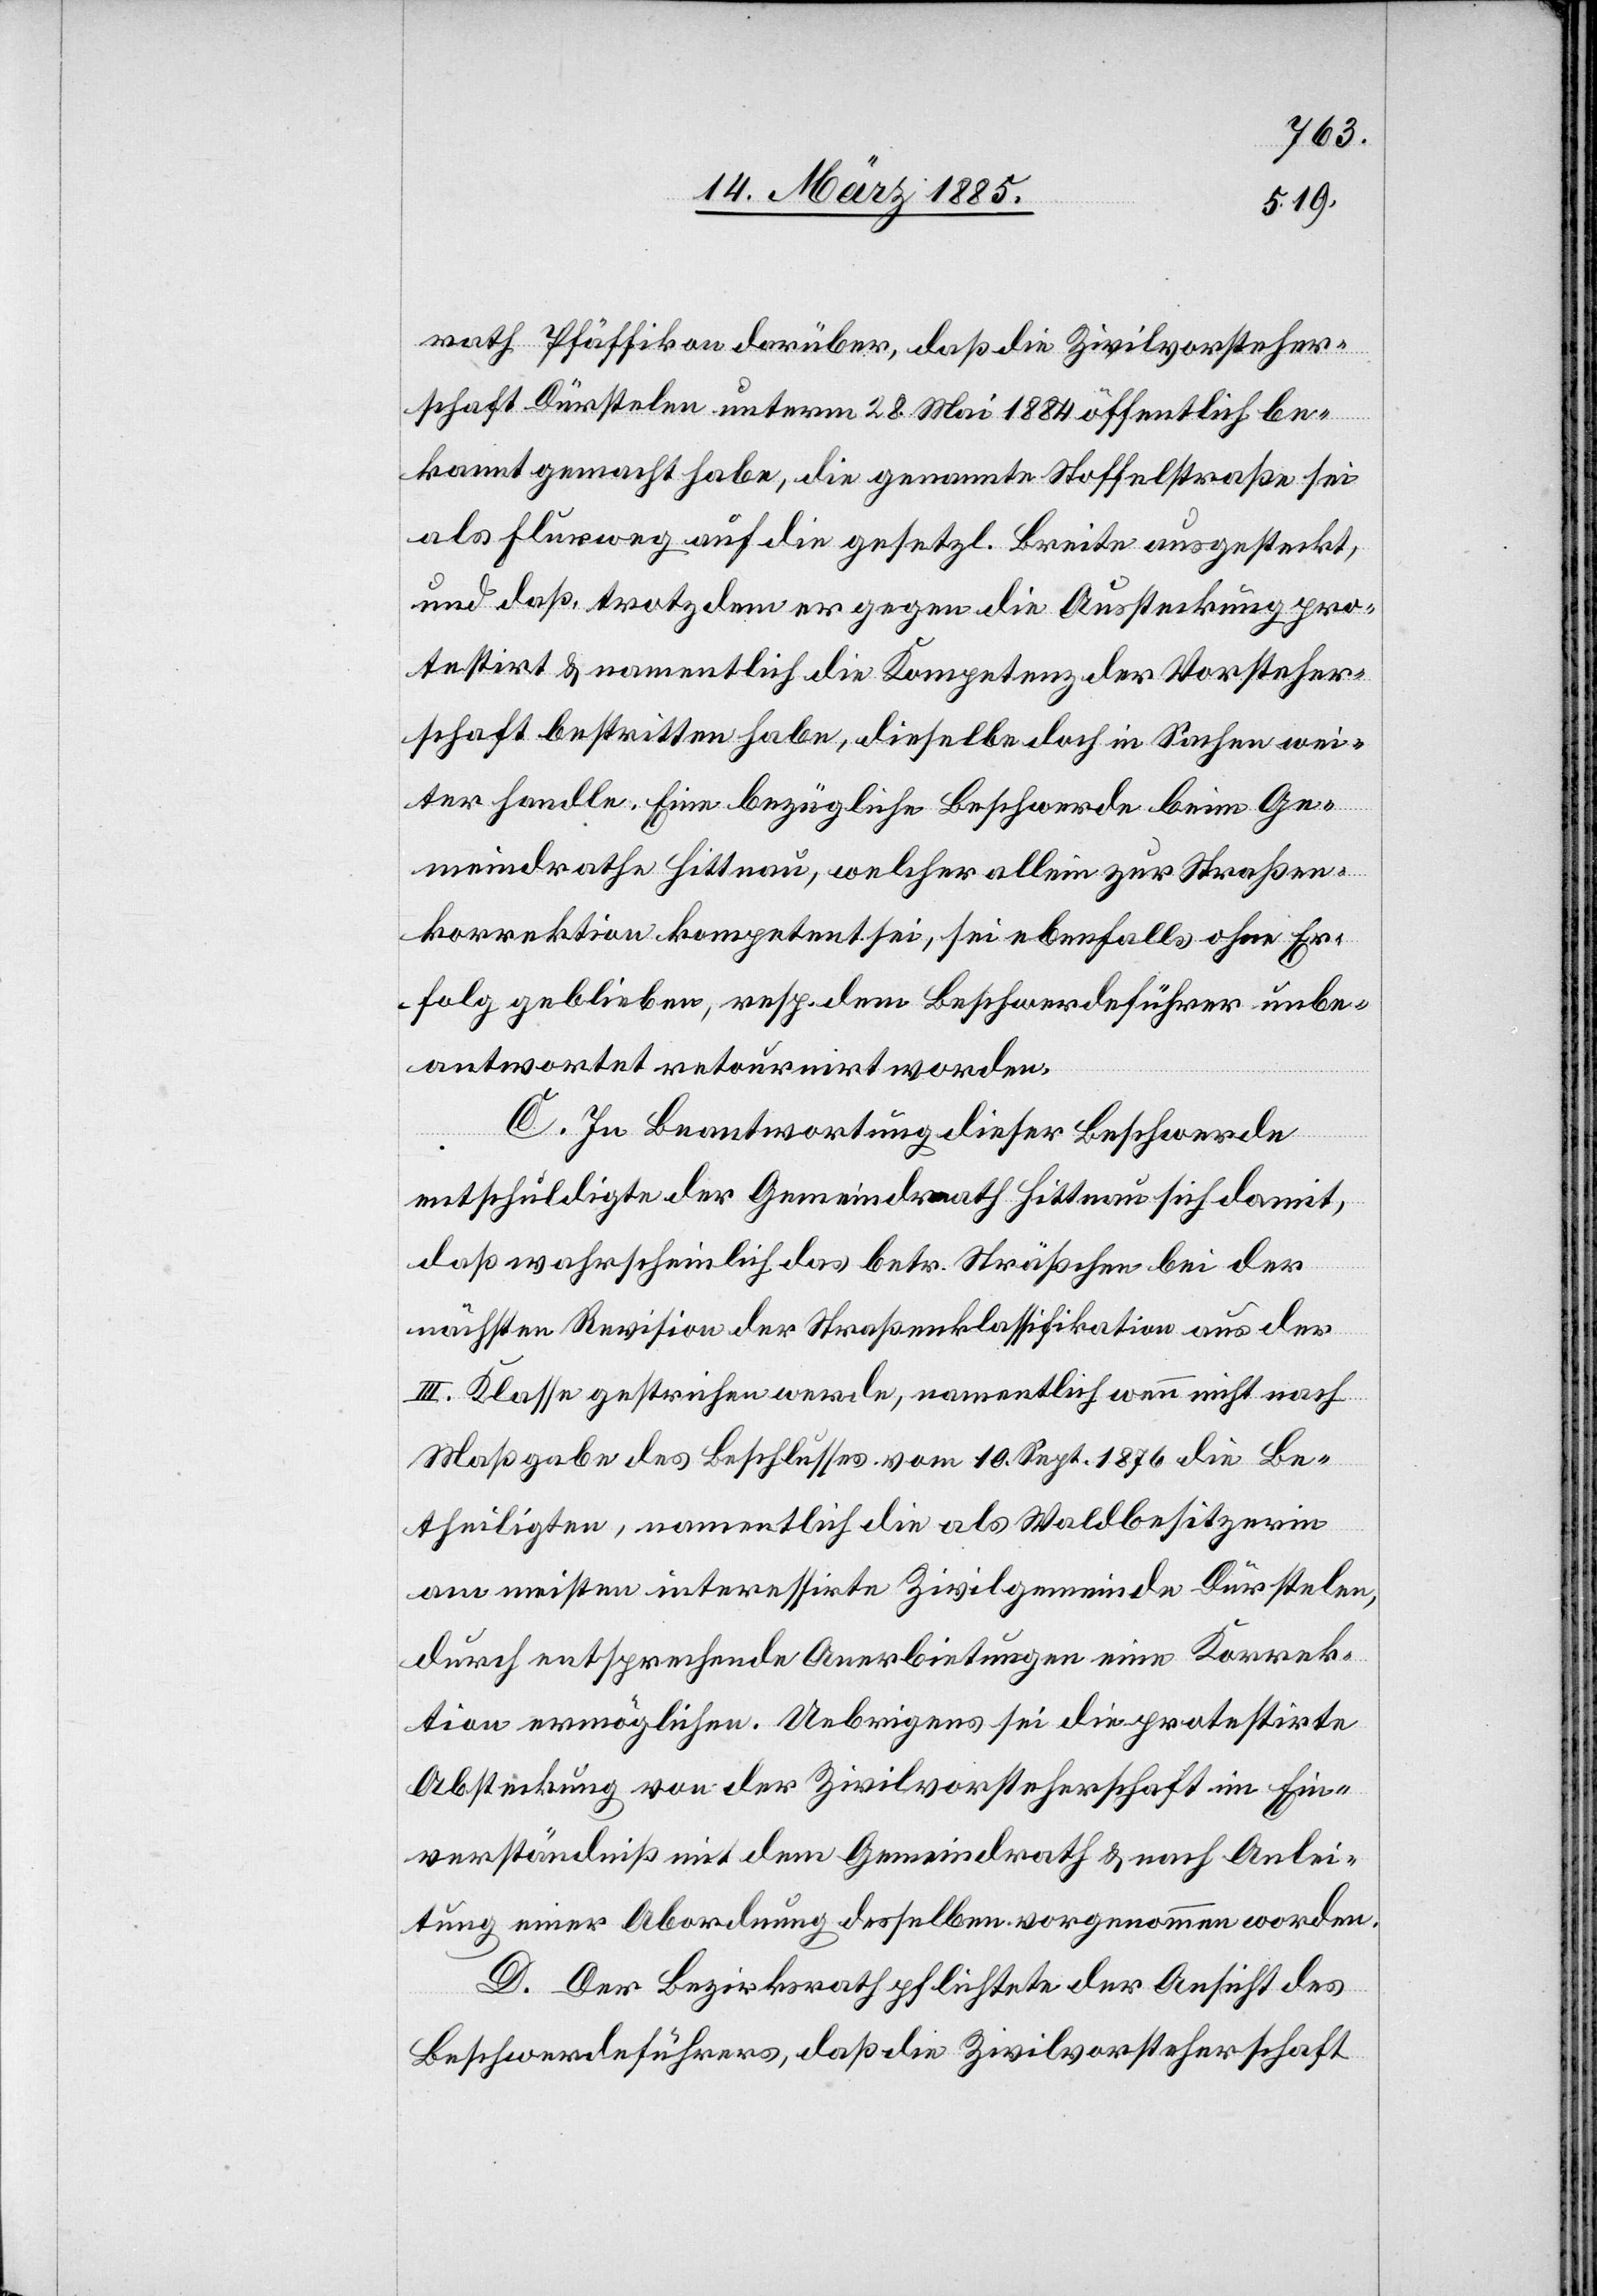
rath Pfäffikon darüber, daß die Zivilvorsteher¬
schaft Dürstelen unterm 28. Mai 1884 öffentlich be¬
kannt gemacht habe, die genannte Stoffelstraße sei
als Flurweg auf die gesetzl. Breite ausgesteckt,
und daß, trotzdem er gegen die Aussteckung pro¬
testirt & namentlich die Kompetenz der Vorsteher¬
schaft bestritten habe, dieselbe doch in Sachen wei¬
ter handle. Eine bezügliche Beschwerde beim Ge¬
meindrathe Hittnau, welcher allein zur Straßen¬
korrektion kompetent sei, sei ebenfalls ohne Er¬
folg geblieben, resp. dem Beschwerdeführer unbe¬
antwortet retournirt worden.
C. In Beantwortung dieser Beschwerde
entschuldigte der Gemeindrath Hittnau sich damit,
daß wahrscheinlich das betr. Sträßchen bei der
nächsten Revision der Straßenklassifikation aus der
III. Klasse gestrichen werde, namentlich wenn nicht nach
Maßgabe des Beschlusses vom 10. Sept. 1876 die Be¬
theiligten, namentlich die als Waldbesitzerin
am meisten interessirte Zivilgemeinde Dürstelen,
durch entsprechende Anerbietungen eine Korrek¬
tion ermöglichen. Uebrigens sei die protestirte
Absteckung von der Zivilvorsteherschaft im Ein¬
verständniß mit dem Gemeindrath & nach Anlei¬
tung einer Abordnung desselben vorgenommen worden.
D. Der Bezirksrath pflichtete der Ansicht des
Beschwerdeführers, daß die Zivilvorsteherschaft